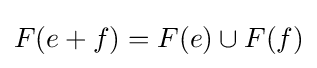
F(e+f)=F(e)\cup F(f)